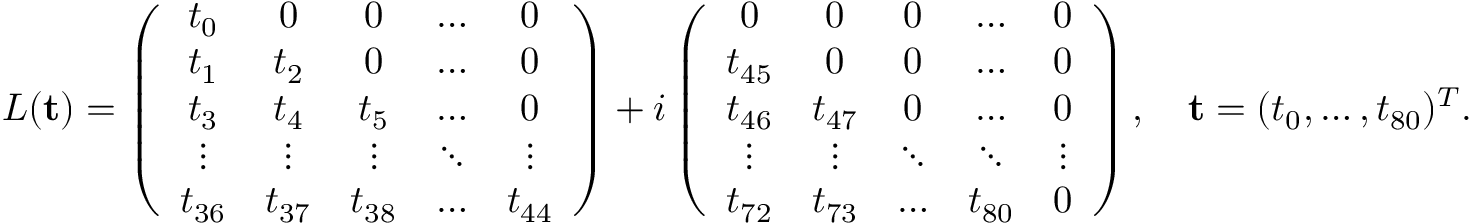
\begin{array} { r } { L ( { \mathbf t } ) = \left( \begin{array} { c c c c c c } { t _ { 0 } } & { 0 } & { 0 } & { \dots } & { 0 } \\ { t _ { 1 } } & { t _ { 2 } } & { 0 } & { \dots } & { 0 } \\ { t _ { 3 } } & { t _ { 4 } } & { t _ { 5 } } & { \dots } & { 0 } \\ { \vdots } & { \vdots } & { \vdots } & { \ddots } & { \vdots } \\ { t _ { 3 6 } } & { t _ { 3 7 } } & { t _ { 3 8 } } & { \dots } & { t _ { 4 4 } } \end{array} \right) + i \left( \begin{array} { c c c c c c c } { 0 } & { 0 } & { 0 } & { \dots } & { 0 } \\ { t _ { 4 5 } } & { 0 } & { 0 } & { \dots } & { 0 } \\ { t _ { 4 6 } } & { t _ { 4 7 } } & { 0 } & { \dots } & { 0 } \\ { \vdots } & { \vdots } & { \ddots } & { \ddots } & { \vdots } \\ { t _ { 7 2 } } & { t _ { 7 3 } } & { \dots } & { t _ { 8 0 } } & { 0 } \end{array} \right) , \quad { \mathbf t } = ( t _ { 0 } , \dots , t _ { 8 0 } ) ^ { T } . } \end{array}